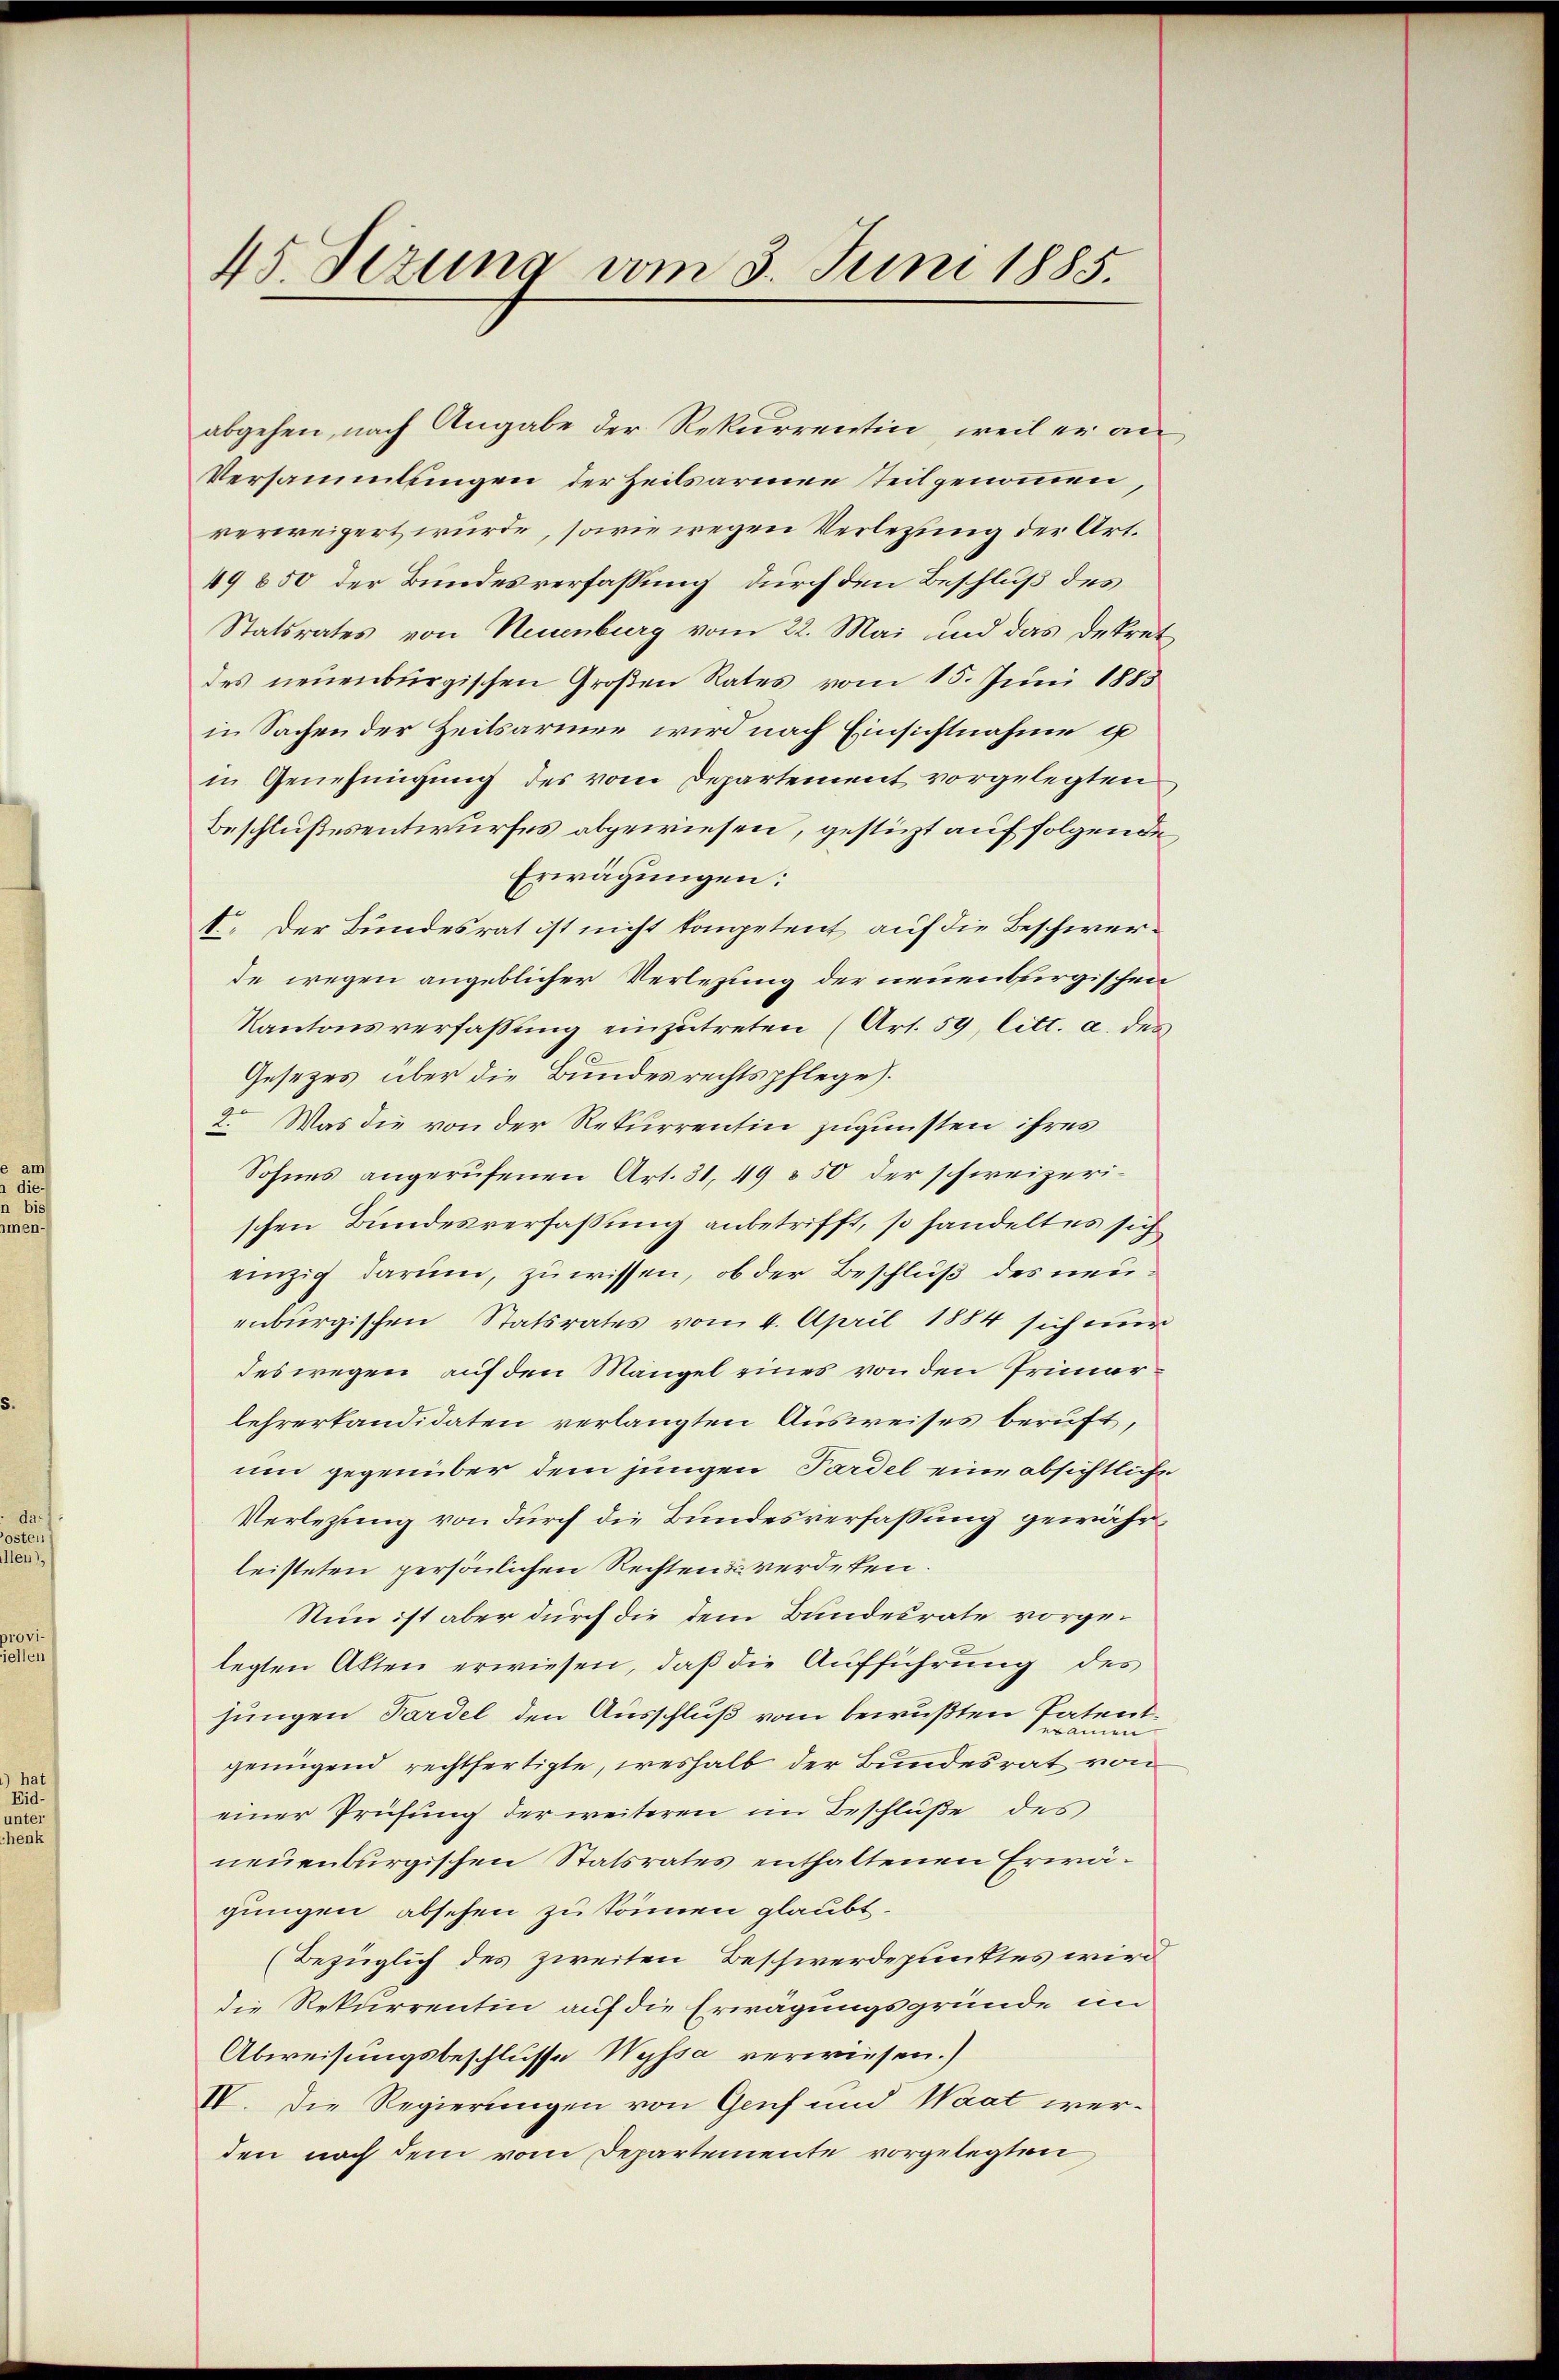
45. Sezung vom 3. Juni 1885.

abgehen, nach Angabe der Rekurrentin, weil er an
Versammlungen der Heilsarmen teil genommen,
verweigert wurde, sowie wegen Verletzung der Art.
49 850 der Bundesverfassung durch den Beschluß des
Statsrates von Neuenburg vom 22. Mai und das Dekret-
des neuenburgischen Großen Rates vom 15. Juni 1883
in Sachen der Zeitsarmer wird nach Einsichtnahme i
in Genehmigung des vom Departement vorgelegten
Beschlußesentwurfes abgewiesen, gestürzt auf folgende
Erwägungen:
1. Der Bundesrat ist nicht kompetent auf die Beschwerde wegen angeblicher Verlegung der neuenburgischen
Kantonsverfassŭng einzŭtreten (Art. 59, litt. a. des
Gesezes über die Bundesrechtspflege.
2. Was die von der Rekurrentin zugunsten ihres
Sohnes angerufenen Art. 31, 49 § 50 der schweizeri-
schen Bundesverfassung anbetrifft, so handelt es sich
einzig darum, zu wissen, ob der Beschluß des neuenburgischen Statsrates vom 4. April 1884 sich nur
des wegen auf den Mängel eines von den Primarlehrerkandidaten verlangten Ausweises beruft,
um gegenüber dem jungen Pardel eine absichtliche
Verlegung von durch die Bundesverfassung gewährleisteten persönlichen Rechten & werdeten.
Nun ist aber durch die dem Bundesrate vorgelegten Akten erwiesen, daß die Aufführung des
sungen Pardel den Ausschluß vom bewußten Patentgenügend rechtfertigte, weshalb der Bundesrat von
einer Prüfung der weiteren im Beschluße des
neuenburgischen Statsrates enthaltenen Erwägungen absehen zu können glaubt.
(Bezüglich des zweiten Beschwerdepunktes wird
die Rekurrentin auf die Erwägungsgründe im
Abweisungsbeschlusse Wyssa verwiesen.)
IV. Die Regierungen von Genf und Waat werden nach dem vom Departemente vorgelegten